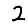
Digit: 2